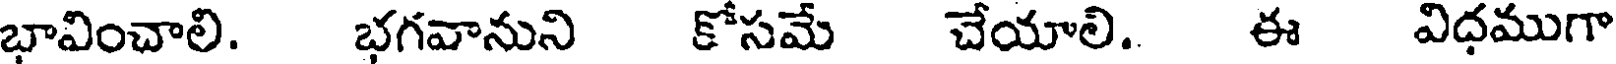
భావించాలి. భగవానుని కోసమే చేయాలి. ఈ విధముగా